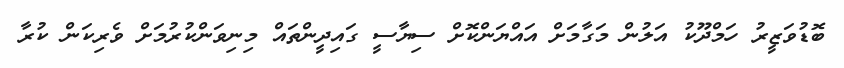
ބޮޑުވަޒީރު ހަމްދޫކު އަލުން މަގާމަށް އައްޔަންކޮށް ސިޔާސީ ގައިދީންތައް މިނިވަންކުރުމަށް ވެރިކަން ކުރާ